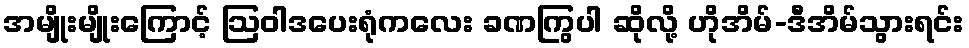
အမျိုးမျိုးကြောင့် ဩဝါဒပေးရုံကလေး ခဏကြွပါ ဆိုလို့ ဟိုအိမ်-ဒီအိမ်သွားရင်း